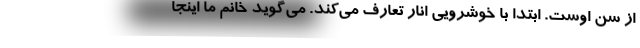
از سن اوست. ابتدا با خوشرویی انار تعارف می‌کند. می‌گوید خانم ما اینجا